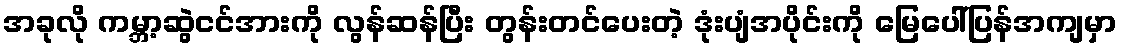
အခုလို ကမ္ဘာ့ဆွဲငင်အားကို လွန်ဆန်ပြီး တွန်းတင်ပေးတဲ့ ဒုံးပျံအပိုင်းကို မြေပေါ်ပြန်အကျမှာ